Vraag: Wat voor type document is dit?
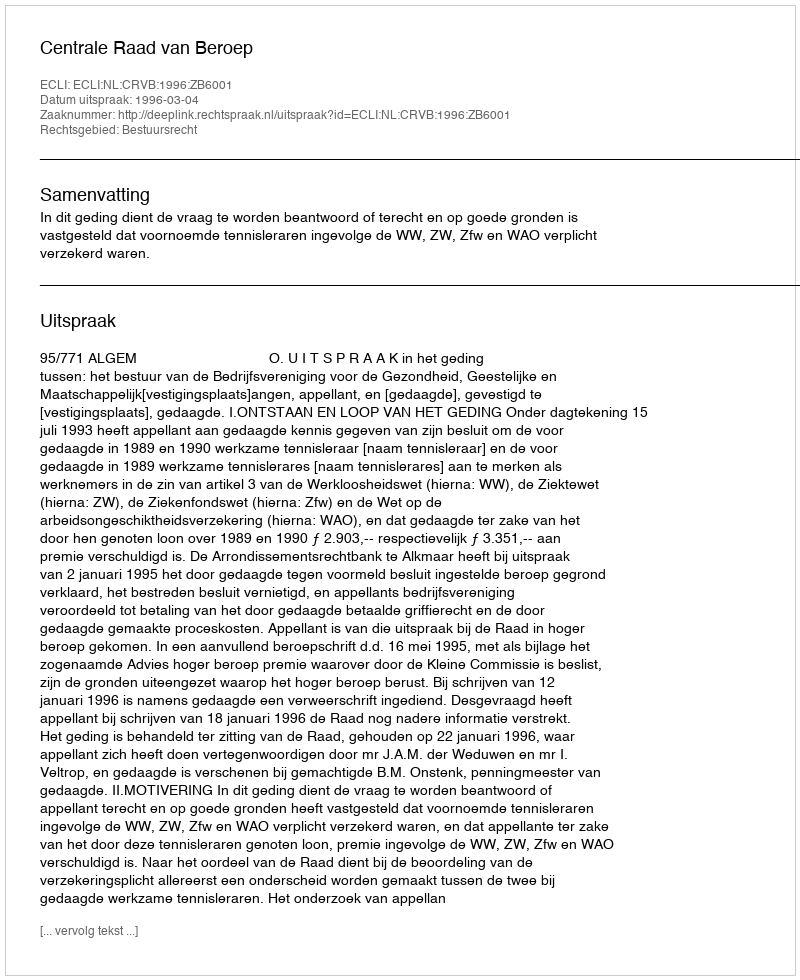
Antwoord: Uitspraak